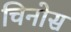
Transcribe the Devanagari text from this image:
चिनोस